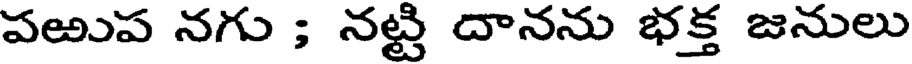
పఱుప నగు ; నట్టి దానను భక్త జనులు